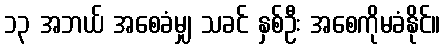
၁၃ အဘယ် အစေခံမျှ သခင် နှစ်ဦး အစေကိုမခံနိုင်။